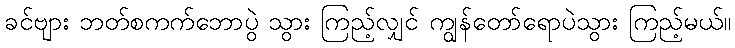
ခင်ဗျား ဘတ်စကက်ဘောပွဲ သွား ကြည့်လျှင် ကျွန်တော်ရောပဲသွား ကြည့်မယ်။